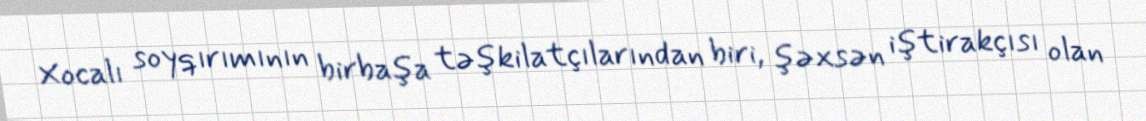
Xocalı soyqırımının birbaşa təşkilatçılarından biri, şəxsən iştirakçısı olan